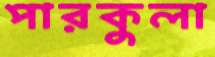
পারকুলা